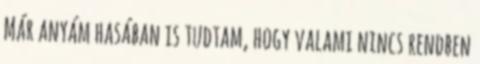
Már anyám hasában is tudtam, hogy valami nincs rendben